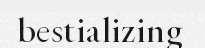
bestializing